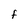
Character: F